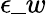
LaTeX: \epsilon\_ w